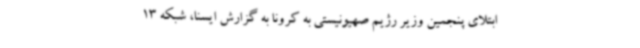
ابتلای پنجمین وزیر رژیم صهیونیستی به کرونا به گزارش ایسنا، شبکه 13